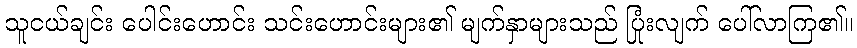
သူငယ်ချင်း ပေါင်းဟောင်း သင်းဟောင်းများ၏ မျက်နှာများသည် ပြုံးလျက် ပေါ်လာကြ၏။